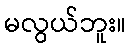
မလွယ်ဘူး။